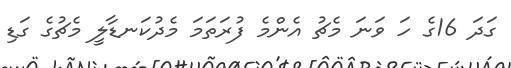
ގަދަ 16ގެ ހަ ވަނަ މެޗު އެންމެ ފުރަތަމަ މެދުކަނޑާލީ މެޗުގެ ގަޑި